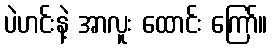
ပဲဟင်းနဲ့ အာလူး ထောင်း ကြော်။